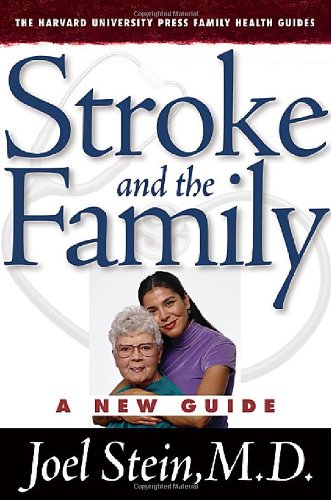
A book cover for Stroke and the Family: A New Guide (The Harvard University Press Family Health Guides); Joel Stein M.D.; Health, Fitness & Dieting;